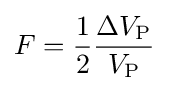
F={\frac {1}{2}}{\frac {\Delta V_{\mathrm {P} }}{V_{\mathrm {P} }}}